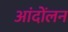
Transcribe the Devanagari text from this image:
आंदोंलन